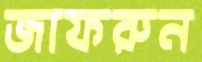
জাফরুন